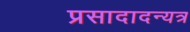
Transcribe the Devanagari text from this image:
प्रसादादन्यत्र